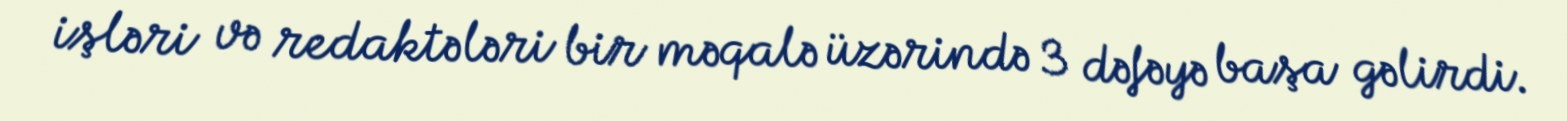
işləri və redaktələri bir məqalə üzərində 3 dəfəyə başa gəlirdi.